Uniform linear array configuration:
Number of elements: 16
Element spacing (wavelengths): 0.5
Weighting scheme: hamming
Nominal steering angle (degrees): -15
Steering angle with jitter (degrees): -16.061
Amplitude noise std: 0.05
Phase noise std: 0.05

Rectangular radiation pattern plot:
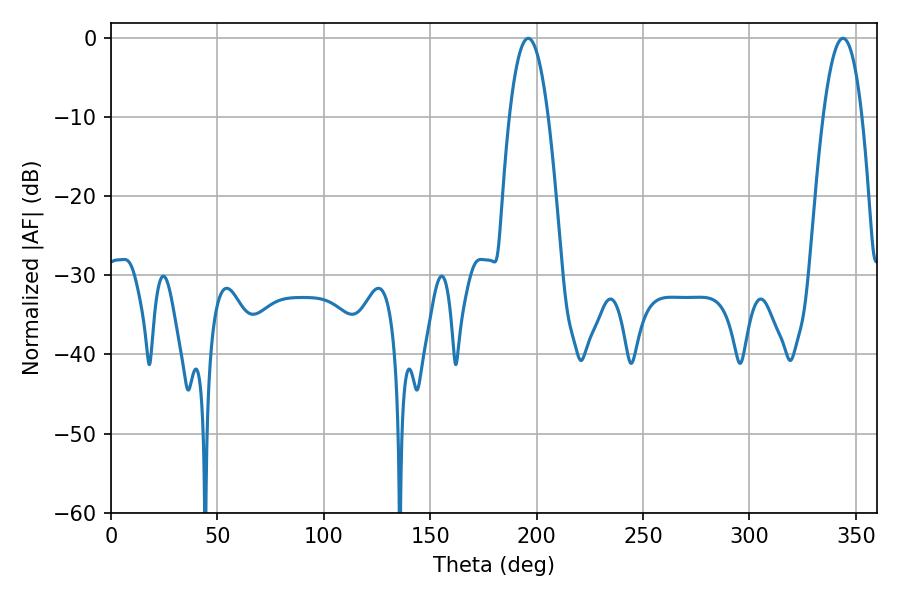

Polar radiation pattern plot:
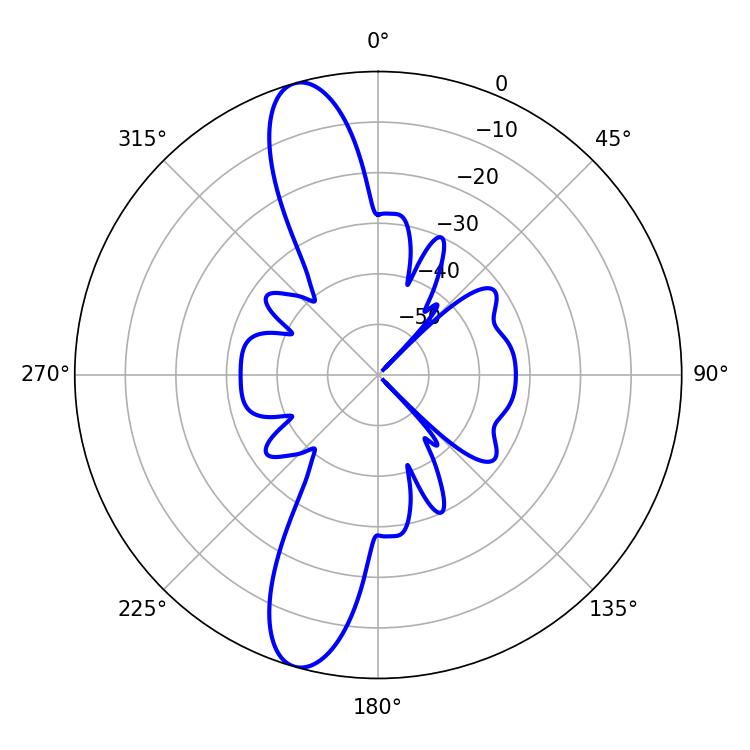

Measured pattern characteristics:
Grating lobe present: FALSE
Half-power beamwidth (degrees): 9.9
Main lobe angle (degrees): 196.02